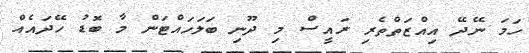
ހަމަ ނޭދޭ އިއްޒަތްތެރި ރައީސް މި ދޫނި ބަލަހައްޓަން މާ ބޮޑު ހޭދައެއް